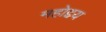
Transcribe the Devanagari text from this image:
महोद्दय